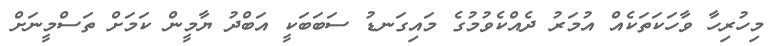
މިހުރިހާ ވާހަކަތަކެއް އުމަރު ދެއްކެވުމުގެ މައިގަނޑު ސަބަބަކީ އަބްދު ޔާމީން ކަމަށް ތަސްމީނަށް